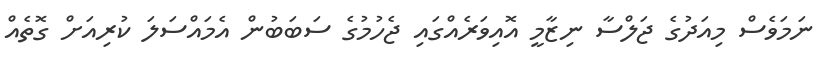
ނަމަވެސް މިއަދުގެ ޖަލްސާ ނިޒާމީ އޮއިވަރެއްގައި ޖެހުމުގެ ސަބަބުން އެމައްސަލަ ކުރިއަށް ގޮތެއް